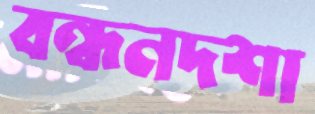
বন্ধনদশা